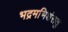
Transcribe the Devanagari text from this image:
भद्रमभिशंसतु